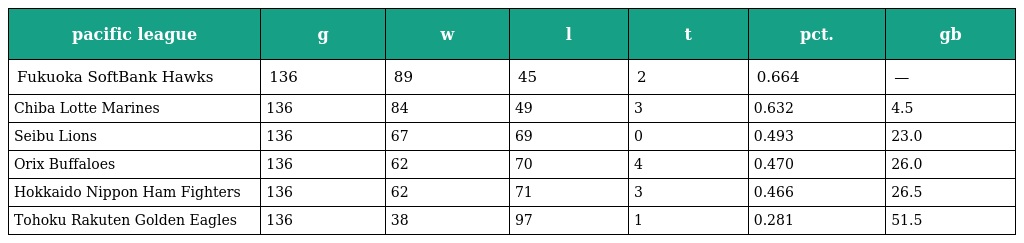
| pacific league | g | w | l | t | pct. | gb |
 | --- | --- | --- | --- | --- | --- | --- |
 | Fukuoka SoftBank Hawks | 136 | 89 | 45 | 2 | 0.664 | — |
 | Chiba Lotte Marines | 136 | 84 | 49 | 3 | 0.632 | 4.5 |
 | Seibu Lions | 136 | 67 | 69 | 0 | 0.493 | 23.0 |
 | Orix Buffaloes | 136 | 62 | 70 | 4 | 0.470 | 26.0 |
 | Hokkaido Nippon Ham Fighters | 136 | 62 | 71 | 3 | 0.466 | 26.5 |
 | Tohoku Rakuten Golden Eagles | 136 | 38 | 97 | 1 | 0.281 | 51.5 |